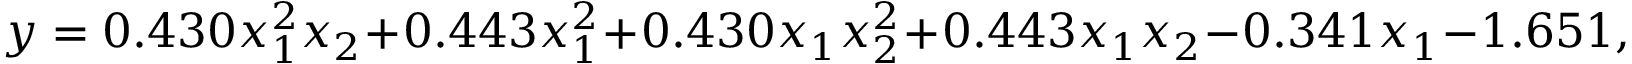
y = 0 . 4 3 0 x _ { 1 } ^ { 2 } x _ { 2 } + 0 . 4 4 3 x _ { 1 } ^ { 2 } + 0 . 4 3 0 x _ { 1 } x _ { 2 } ^ { 2 } + 0 . 4 4 3 x _ { 1 } x _ { 2 } - 0 . 3 4 1 x _ { 1 } - 1 . 6 5 1 ,